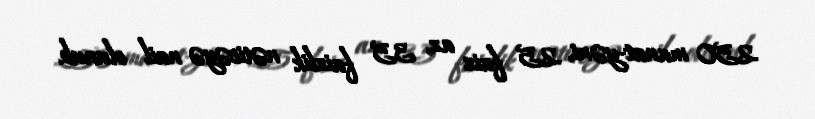
250 manat-yəni, 25 faiz az, 35 faizlik nəticəyə nail olunub.